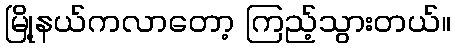
မြို့နယ်ကလာတော့ ကြည့်သွားတယ်။